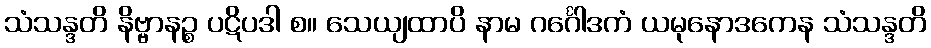
သံသန္ဒတိ နိဗ္ဗာနဉ္စ ပဋိပဒါ စ။ သေယျထာပိ နာမ ဂင်္ဂေါဒကံ ယမုနောဒကေန သံသန္ဒတိ